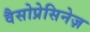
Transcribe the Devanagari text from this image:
वैसोप्रेसिनेज़